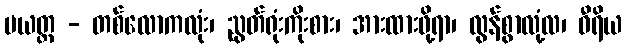
ပယတ္တ - တစ်လောကလုံး၊ ညွတ်ရုံးကိုးစား၊ အားထားဖို့ရာ၊ လွန်စွာလုံ့လ၊ ဝီရိယ